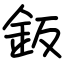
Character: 鈑